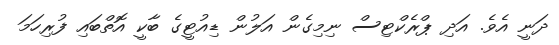
ދަނީ އެވެ. އަދި ޕްރެކްޓިސް ނިމިގެން އަލުން ޑިއުޓީގެ ބާކީ އޮތްބައި ފުރިހަމަ